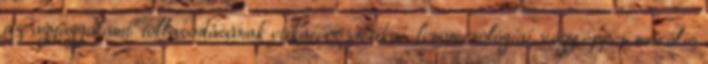
az agyaggalamb tollasodásának etikai, esztétikai, fenomenológiai, vagy éppen morális